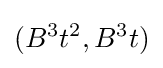
(B^{3}t^{2},B^{3}t)